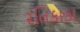
રતિકાકા